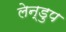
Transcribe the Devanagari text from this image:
लेन्डुप